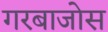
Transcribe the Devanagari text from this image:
गरबाजोस